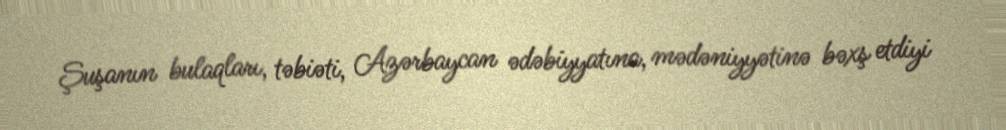
Şuşanın bulaqları, təbiəti, Azərbaycan ədəbiyyatına, mədəniyyətinə bəxş etdiyi